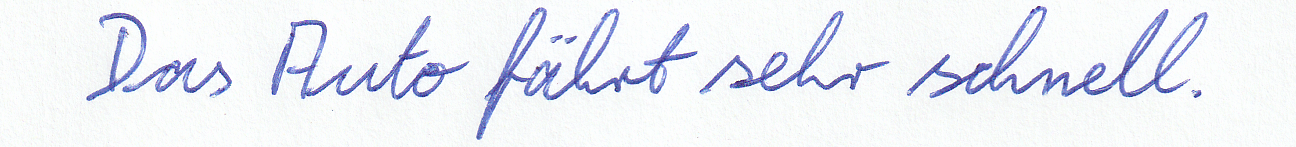
Das Auto fährt sehr schnell.